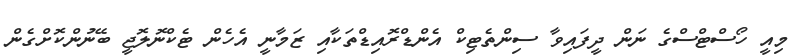
މިއީ ހޯސްޓްސްގެ ނަން ދީފައިވާ ސިންތެޓިކް އެންޑްރޮއިޑްތަކާއި ޒަމާނީ އެހެން ޓެކްނޮލޮޖީ ބޭނުންކޮށްގެން